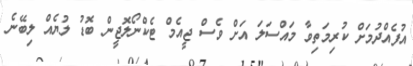
އުފެއްދުމަށް ކުރިމަތިވާ މައްސަލަ އަށް ވެސް ޖީއެމް ޓެކްނޯލޮޖީން ބޮޑު ލުޔެއް ލިބޭނެ